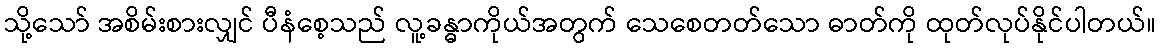
သို့သော် အစိမ်းစားလျှင် ပီနံစေ့သည် လူ့ခန္ဓာကိုယ်အတွက် သေစေတတ်သော ဓာတ်ကို ထုတ်လုပ်နိုင်ပါတယ်။